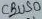
Text: CBUS0